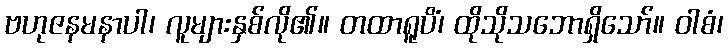
ဗဟုဇနမနာပါ၊ လူများနှစ်လို၏။ တထာရူပိံ၊ ထိုသိုသဘောရှိသော်။ ဝါစံ၊